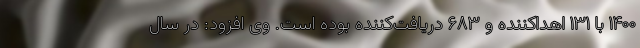
۱۴۰۰ با ۱۳۱ اهداکننده و ۶۸۳ دریافت‌کننده بوده است. وی افزود: در سال